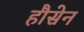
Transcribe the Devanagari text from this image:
हौसेन